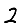
Digit: 2